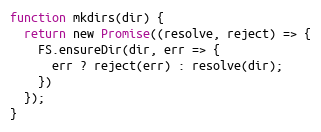
Language: JavaScript
function mkdirs(dir) {
  return new Promise((resolve, reject) => {
    FS.ensureDir(dir, err => {
      err ? reject(err) : resolve(dir);
    })
  });
}